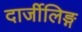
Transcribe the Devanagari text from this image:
दार्जीलिङ्ग